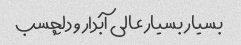
بسیار بسیار عالی آبدار و دلچسب